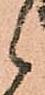
候